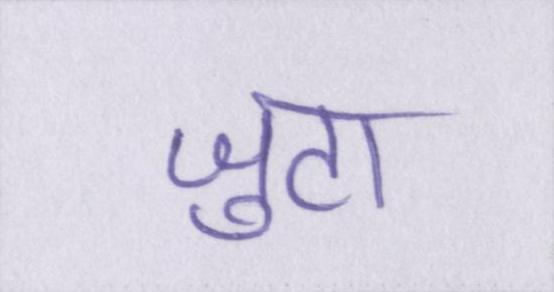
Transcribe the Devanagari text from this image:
जुटा